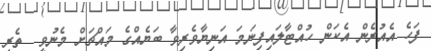
ފަހެ އެއުރެން އެކަން ހުއްޓާލައިފިނަމަ އަނިޔާވެރިވާ ބަޔެއްގެ މައްޗަށް މެނުވީ  ތެރި